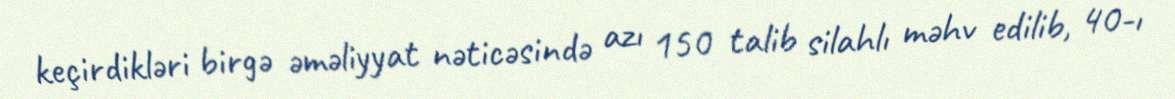
keçirdikləri birgə əməliyyat nəticəsində azı 150 talib silahlı məhv edilib, 40-ı